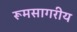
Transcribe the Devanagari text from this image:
रूमसागरीय